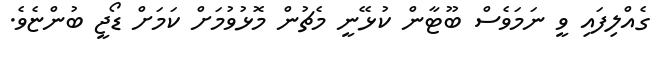
ގެއްލިފައި ވީ ނަމަވެސް ބޫޓާން ކުޅޭނީ މެޗުން މޮޅުވުމަށް ކަމަށް ޑޯޖީ ބުންޏެވެ.